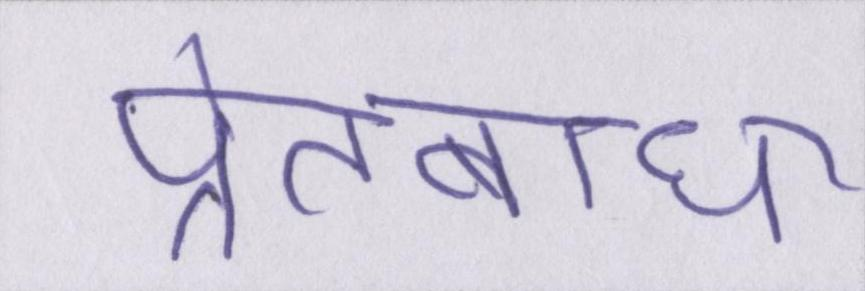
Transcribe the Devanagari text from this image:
प्रेतबाधा